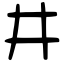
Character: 井